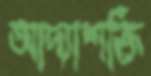
আদ্যাশক্তি